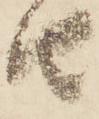
由